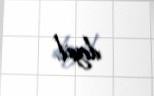
deyil.